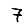
Digit: 7